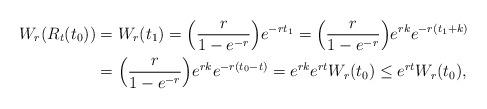
LaTeX: \begin{align*}W_r(R_t(t_0)) &=W_r(t_1) =\Big(\frac{r}{1-e^{-r}}\Big)e^{-rt_1} = \Big(\frac{r}{1-e^{-r}}\Big)e^{rk}e^{-r(t_1+k)}\\&= \Big(\frac{r}{1-e^{-r}}\Big)e^{rk}e^{-r(t_0-t)}=e^{rk}e^{rt}W_r(t_0)\le e^{rt}W_r(t_0),\end{align*}